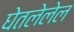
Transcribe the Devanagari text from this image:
घेतलेलेल